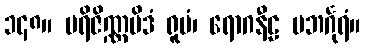
၁၄၈။ ပရိဇိဏ္ဏမိဒံ ရူပံ၊ ရောဂနီဠ ပဘင်္ဂုရံ။